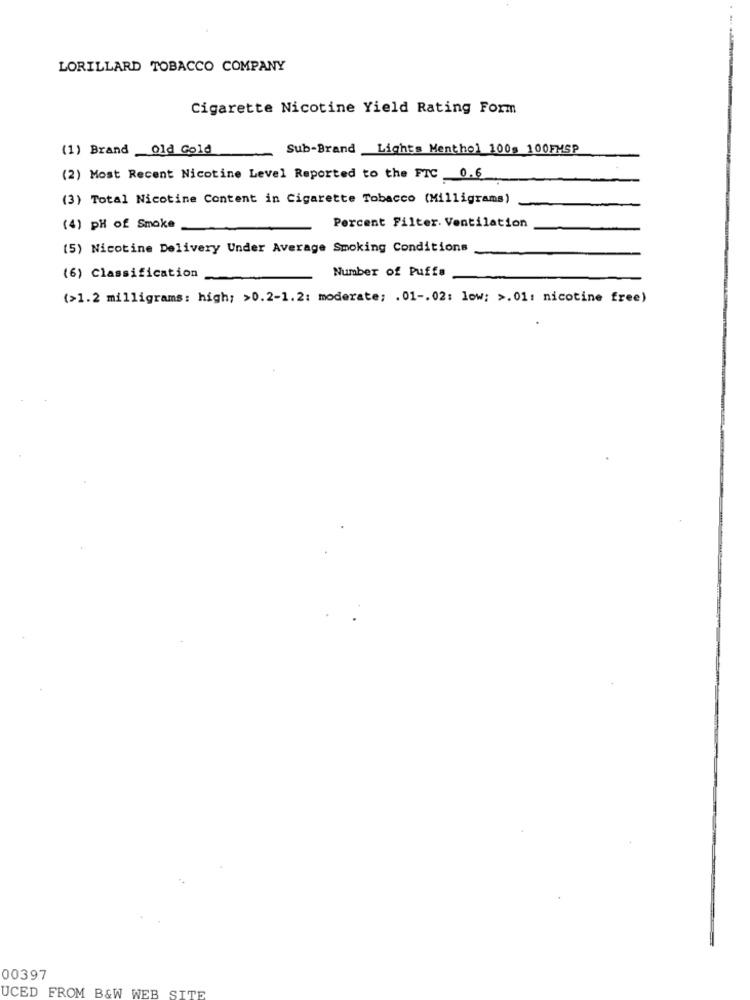
LORILLARD TOBACCO COMPANY
Cigarette Nicotine Yield Rating Form
(1) Brand _Old Gold
Sub-Brand Lights Menthol 100s 100FMSP
(2) Most Recent Nicotine Level Reported to the FTC _0.6
(3) Total Nicotine Content in Cigarette Tobacco (Milligrams)
(4) pH of Smoke
Percent Filter. Ventilation
(5) Nicotine Delivery Under Average Smoking Conditions
Number of Puffa
(6) Classification
(>1.2 milligrams: high; >0.2-1.2: moderate; . 01 -. 02: low; >. 01: nicotine free)
00397
UCED FROM B&W WEB SITE